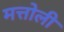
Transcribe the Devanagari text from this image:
मत्तोली